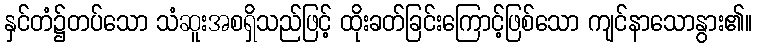
နှင်တံ၌တပ်သော သံဆူးအစရှိသည်ဖြင့် ထိုးခတ်ခြင်းကြောင့်ဖြစ်သော ကျင်နာသောနွား၏။